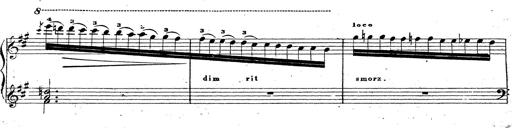
Title: Chanson bohÃ©mienne
Composer: Franz Liszt